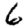
Digit: 6